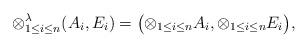
LaTeX: \begin{align*}{\otimes}_{1\le i \le n}^{\lambda}{(A_i,E_i)} = \big({\otimes}_{1\le i \le n}{A_i}, {\otimes}_{1\le i \le n}{E_i} \big) ,\end{align*}